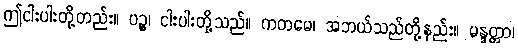
ဤငါးပါးတို့တည်း။ ပဉ္စ၊ ငါးပါးတို့သည်။ ကတမေ၊ အဘယ်သည်တို့နည်း။ မန္ဒတ္တာ၊